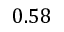
0 . 5 8